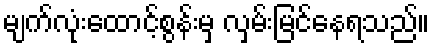
မျက်လုံးထောင့်စွန်းမှ လှမ်းမြင်နေရသည်။